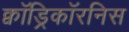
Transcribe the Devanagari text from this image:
क्वॉड्रिकॉरनिस